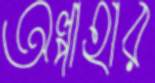
অল্পাহার